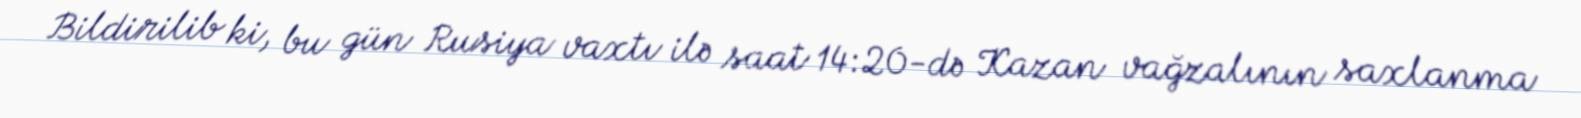
Bildirilib ki, bu gün Rusiya vaxtı ilə saat 14:20-də Kazan vağzalının saxlanma